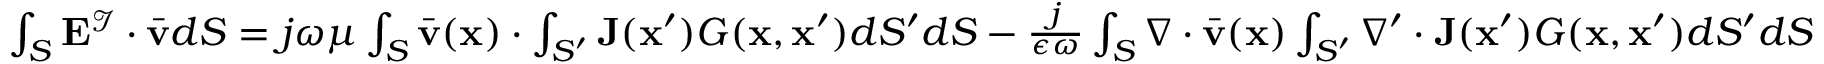
\begin{array} { r } { \int _ { S } \mathbf { E } ^ { \mathcal { I } } \cdot \bar { \mathbf { v } } d S = j \omega \mu \int _ { S } \bar { \mathbf { v } } ( \mathbf { x } ) \cdot \int _ { S ^ { \prime } } \mathbf { J } ( \mathbf { x } ^ { \prime } ) G ( \mathbf { x } , \mathbf { x } ^ { \prime } ) d S ^ { \prime } d S - \frac { j } { \epsilon \omega } \int _ { S } \nabla \cdot \bar { \mathbf { v } } ( \mathbf { x } ) \int _ { S ^ { \prime } } \nabla ^ { \prime } \cdot \mathbf { J } ( \mathbf { x } ^ { \prime } ) G ( \mathbf { x } , \mathbf { x } ^ { \prime } ) d S ^ { \prime } d S } \end{array}